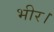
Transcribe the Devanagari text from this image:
भीर।